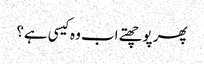
پھر پوچھتے اب وہ کیسی ہے؟